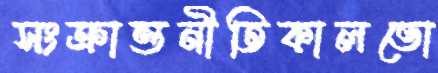
সংক্রান্তনীতিকালভো